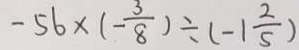
- 5 6 \times ( - \frac { 3 } { 8 } ) \div ( - 1 \frac { 2 } { 5 } )